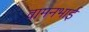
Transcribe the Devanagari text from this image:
वामनभाई